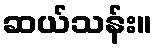
ဆယ်သန်း။